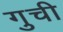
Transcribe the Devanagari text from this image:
गुची